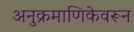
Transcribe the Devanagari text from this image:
अनुक्रमाणिकेवरून